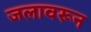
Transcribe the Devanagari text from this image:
जलावरून